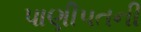
પાણીપતની